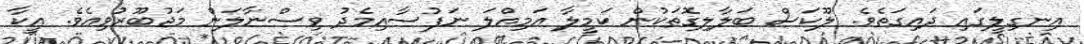
އިނގިލީގައި ދައިގަތެވެ. ލޫކަސް ބަލާލިގޮތަކުން ކަމީލާ އަމިއްލަ ނަފުސާއިމެދު ވިސްނާލަން މަޖުބޫރުވިއެވެ. އީކާ